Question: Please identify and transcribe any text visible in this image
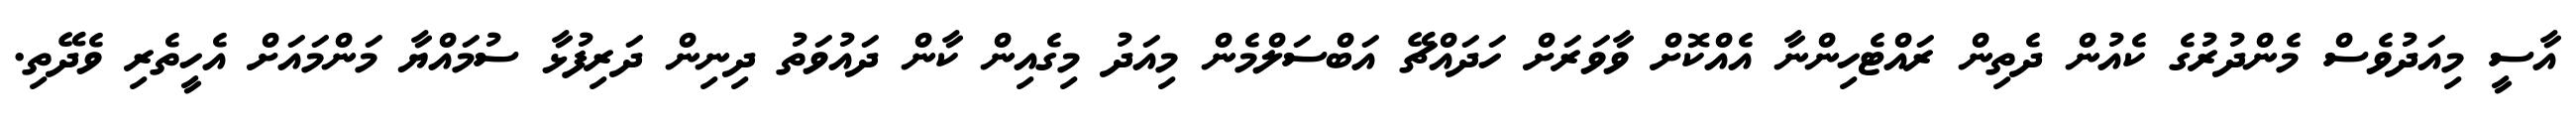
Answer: އާސީ މިއަދުވެސް މެންދުރުގެ ކެއުން ދެތިން ރައްޓެހިންނާ އެއްކޮށް ވާވަރަށް ހަދައްޗޭ އަބްސަލްމެން މިއަދު މިގެއިން ކާން ދައުވަތު ދިނިން ދަރިފުޅާ ސުމައްޔާ މަންމައަށް އެހީތެރި ވެދޭތި.